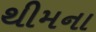
થીમના